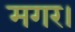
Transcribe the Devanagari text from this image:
मगर।